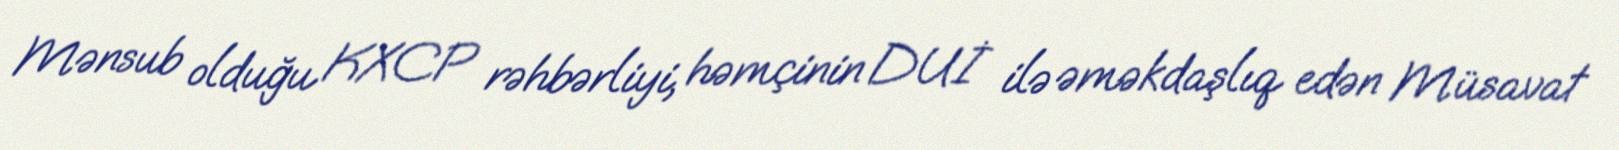
Mənsub olduğu KXCP rəhbərliyi, həmçinin DUİ ilə əməkdaşlıq edən Müsavat